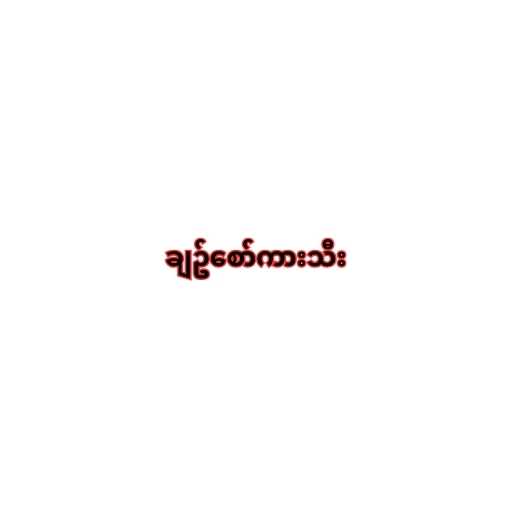
ချဥ်စော်ကားသီး